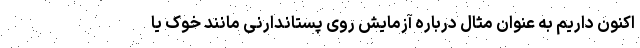
اکنون داریم به عنوان مثال درباره آزمایش روی پستاندارنی مانند خوک یا